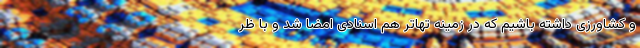
و کشاورزی داشته باشیم که در زمینه تهاتر هم اسنادی امضا شد و با ظر